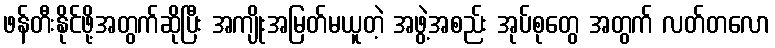
ဖန်တီးနိုင်ဖို့အတွက်ဆိုပြီး အကျိုးအမြတ်မယူတဲ့ အဖွဲ့အစည်း အုပ်စုတွေ အတွက် လတ်တလော